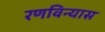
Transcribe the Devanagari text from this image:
रणविन्यास